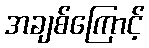
အချစ်ကြောင့်